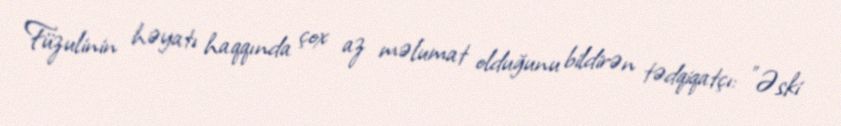
Füzulinin həyatı haqqında çox az məlumat olduğunu bildirən tədqiqatçı: "Əski